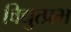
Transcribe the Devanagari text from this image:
विद्युत्प्रभ